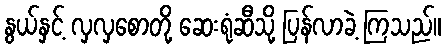
နွယ်နှင့် လှလှစောတို့ ဆေးရုံဆီသို့ ပြန်လာခဲ့ ကြသည်။